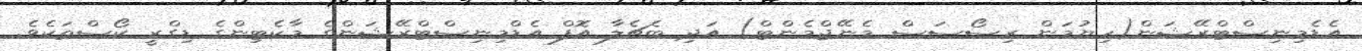
އެޑެމިނިސްޓްރޭޝަން(ހިޔުމަން ރިސޯސަސް މެނޭޖްމެންޓް) އަދި ބެޗެލާ އޮފް އެޑްމިނިސްޓްރޭޝަންގެ މާކެޓިންގެ ޑިގްރީ ކޯސްތަކެވެ.